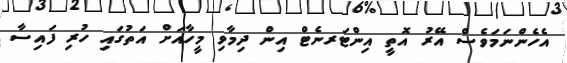
އެހެންނަމަވެސް އޭރު އޮތީ އިންޓަރނެޓް އިން ދިމާވި މީހާއަށް އަތުގައި ހުރި ފައިސާ